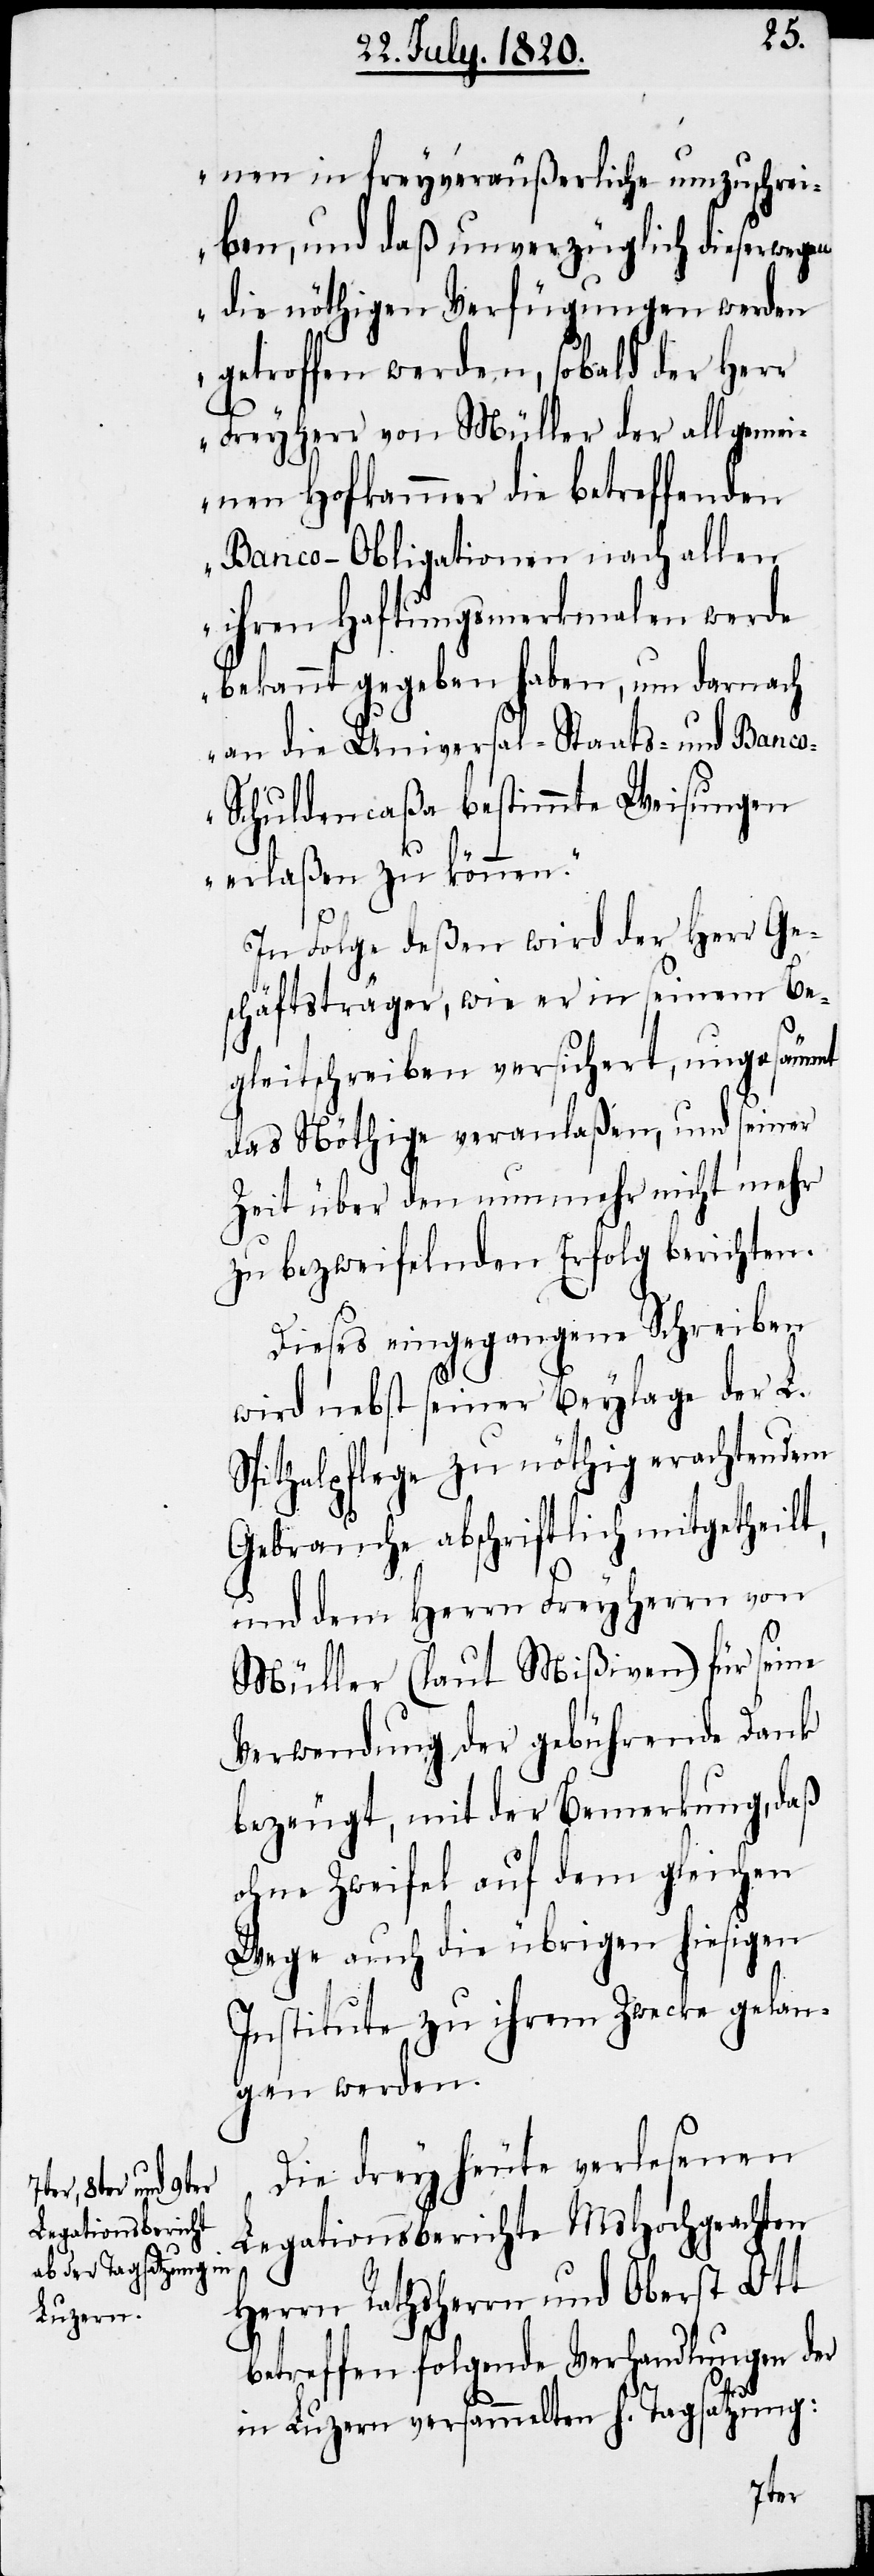
nen in freyveräußerliche umzuschrei¬
ben, und daß unverzüglich dieserwegen
die nöthigen Verfügungen werden
getroffen werden, sobald der Herr
Freyherr von Müller der allgemei¬
nen Hofkammer die betreffenden
Banco-Obligationen nach allen
ihren Haftungsmerkmalen werde
bekannt gegeben haben, um dernach
an die Universal-Staats- und Banc¬
o-Schuldencaßa bestimmte Weisungen
erlaßen zu können.“
In Folge deßen wird der Herr Ge¬
schäftsträger, wie er in seinem Be¬
gleitschreiben versichert, ungesäumt
das nöthige veranlaßen, und seiner
Zeit über den nunmehr nicht mehr
zu bezweifelnden Erfolg berichten.
Dieses eingegangene Schreiben
wird nebst seiner Beylage der L.
Spithalpflege zu nöthig erachtenden
Gebrauche abschriftlich mitgetheilt,
und dem Herrn Freyherrn von
Müller (laut Mißiven) für seine
Verwendung der gebührende Dank
bezeugt, mit der Bemerkung, daß
ohne Zweifel auf dem gleichen
Wege auch die übrigen hiesigen
Institute zu ihrem Zwecke gelan¬
gen werden.
Die drey heute verlesenen
Legationsberichte MsHochgeachten
Herrn Rathsherrn und Oberst Ott
betreffen folgende Verhandlungen der
in Luzern versammelten h. Tagsatzung: